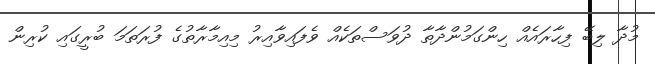
މުދާ ލިބޭ ފިހާރައެއް ހިންގަމުންދާތާ ދުވަސްތަކެއް ވެފައިވާއިރު މިއިމާރާތުގެ ފުރަތަމަ ބުރީގައި ކުރިން